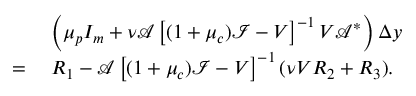
\begin{array} { r l } & { \; \left( \mu _ { p } I _ { m } + { \nu } \mathcal { A } \left[ ( 1 + \mu _ { c } ) \mathcal { I } - V \right] ^ { - 1 } V \mathcal { A } ^ { * } \right) \Delta y } \\ { = } & { \; R _ { 1 } - \mathcal { A } \left[ ( 1 + \mu _ { c } ) \mathcal { I } - V \right] ^ { - 1 } ( { \nu } V R _ { 2 } + R _ { 3 } ) . } \end{array}